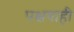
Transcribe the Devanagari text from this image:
पक्षवाही